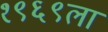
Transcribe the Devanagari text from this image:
१९६९ला